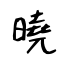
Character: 曉